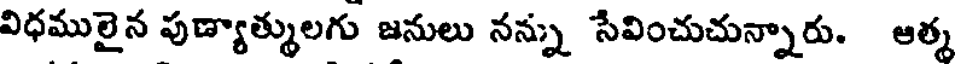
విధములైన పుణ్యాత్ములగు జనులు నన్ను సేవించుచున్నారు. ఆత్మ